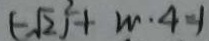
( - \sqrt { 2 } ) ^ { 2 } + m \cdot 4 = 1